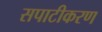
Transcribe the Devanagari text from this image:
सपाटीकरण